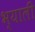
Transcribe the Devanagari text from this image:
भ्याली